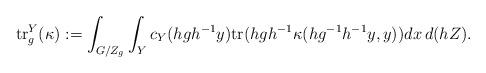
LaTeX: \begin{align*}{\rm tr}_g^Y (\kappa):= \int_{G/Z_g}\int_Y c_Y(hgh^{-1}y) {\rm tr} (hgh^{-1}\kappa (hg^{-1}h^{-1}y,y))dx \,d(hZ).\end{align*}